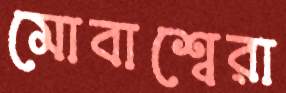
মোবাশ্বেরা